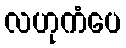
လဟုကံပေ